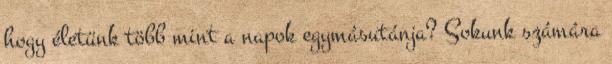
hogy életünk több mint a napok egymásutánja? Sokunk számára